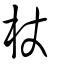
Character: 杖